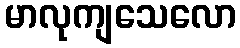
မာလုကျသေလော